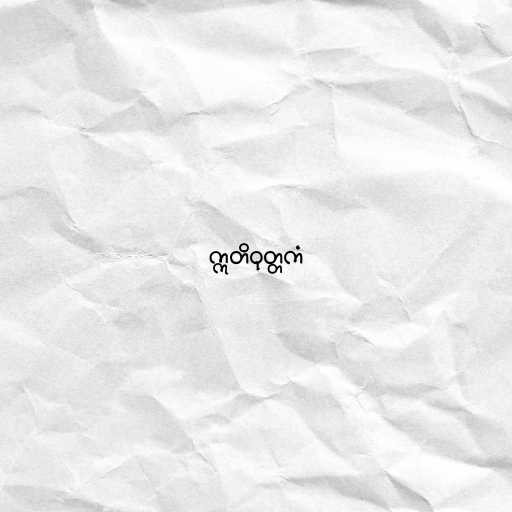
ဣတိဝုတ္တကံ